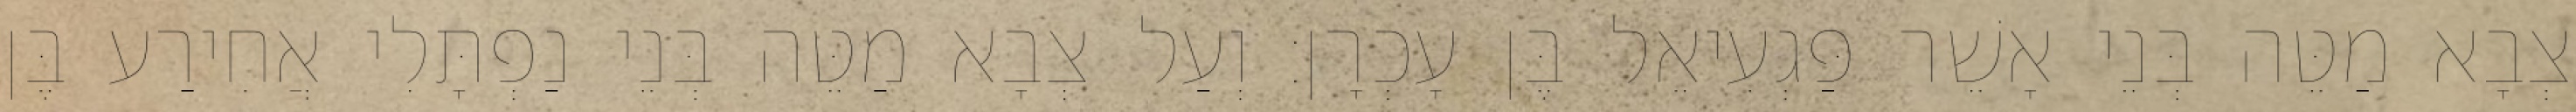
צְבָא מַטֵּה בְּנֵי אָשֵׁר פַּגְעִיאֵל בֶּן עָכְרָן׃ וְעַל צְבָא מַטֵּה בְּנֵי נַפְתָּלִי אֲחִירַע בֶּן